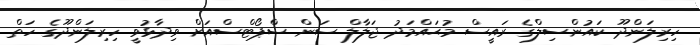
ހިރިލަންދޫ ކައުންސިލްގެ ރައީސް މުޙައްމަދު ޖަލާލް ސަން ސްޕޯޓްސްއަށް ވިދާޅުވީ ހިރިލަންދޫގެ ހަތް